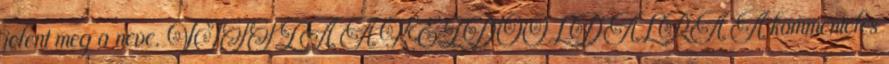
jelent meg a neve. VISSZA A KEZDŐOLDALRA A kommentelés